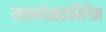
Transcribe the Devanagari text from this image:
माइनोसाइक्लिन